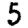
Digit: 5